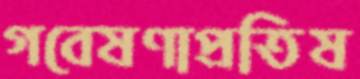
গবেষণাপ্রতিষ